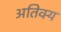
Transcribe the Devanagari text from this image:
अतिक्य